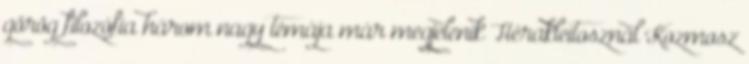
görög filozófia három nagy témája már megjelenik Hérakleitosznál Kozmosz